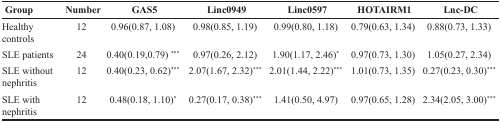
| Group | Number | GAS5 | Linc0949 | Linc0597 | HOTAIRM1 | Lnc-DC |
 | --- | --- | --- | --- | --- | --- | --- |
 | Healthy controls | 12 | 0.96(0.87, 1.08) | 0.98(0.85, 1.19) | 0.99(0.80, 1.18) | 0.79(0.63, 1.34) | 0.88(0.73, 1.33) |
 | SLE patients | 24 | 0.40(0.19,0.79) *** | 0.97(0.26, 2.12) | 1.90(1.17, 2.46)* | 0.97(0.73, 1.30) | 1.05(0.27, 2.34) |
 | SLE without nephritis | 12 | 0.40(0.23, 0.62)*** | 2.07(1.67, 2.32)*** | 2.01(1.44, 2.22)*** | 1.01(0.73, 1.35) | 0.27(0.23, 0.30)*** |
 | SLE with nephritis | 12 | 0.48(0.18, 1.10)* | 0.27(0.17, 0.38)*** | 1.41(0.50, 4.97) | 0.97(0.65, 1.28) | 2.34(2.05, 3.00)*** |